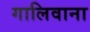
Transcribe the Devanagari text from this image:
गालिवाना